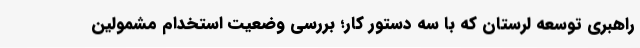
راهبری توسعه لرستان که با سه دستور کار؛ بررسی وضعیت استخدام مشمولین